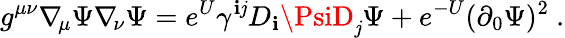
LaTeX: g^{\mu\nu}\nabla_{\! \mu}\Psi\nabla_{\! \nu}\Psi=e^{U}\gamma^{\mathbf{i}\mathit{j}}D_{\mathbf{i}}\PsiD_{\mathit{j}}\Psi+e^{-U}(\partial_{0}\Psi)^{2}\ .